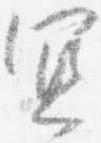
宜